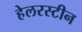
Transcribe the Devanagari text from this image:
हेलरस्टीन